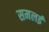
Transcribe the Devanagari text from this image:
समलई